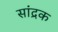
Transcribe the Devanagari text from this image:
सांद्रक